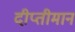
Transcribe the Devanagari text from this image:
दीप्तीमान